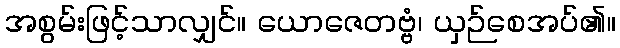
အစွမ်းဖြင့်သာလျှင်။ ယောဇေတဗ္ဗံ၊ ယှဉ်စေအပ်၏။